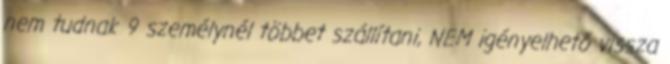
nem tudnak 9 személynél többet szállítani, NEM igényelhető vissza